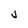
Character: j